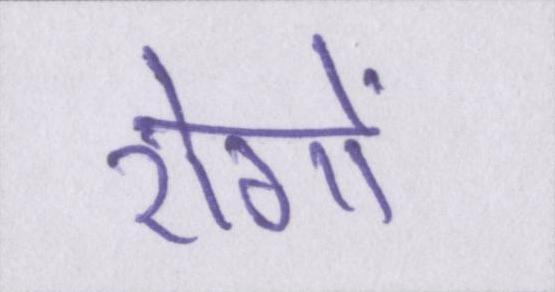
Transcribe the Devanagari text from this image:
रोगों